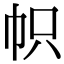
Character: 帜